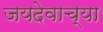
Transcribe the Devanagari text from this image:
जयदेवाच्या